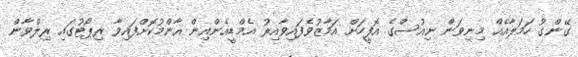
ގޭންގު ހަމަލާއެއް މިނިވަން ނިއުސްގެ އޮފީހަށް އަމާޒުވެފައިވާއިރު އެމްޑީއެންއިން އާންމުކޮށްފައިވާ ރިޕޯޓުގައި ރިލްވާން